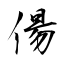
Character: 偒